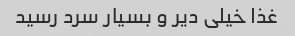
غذا خیلی دیر و بسیار سرد رسید